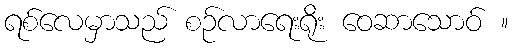
ရစ်လေမှာသည် စဉ်လာရေးရိုး ဝေဆာသောဝ် ။